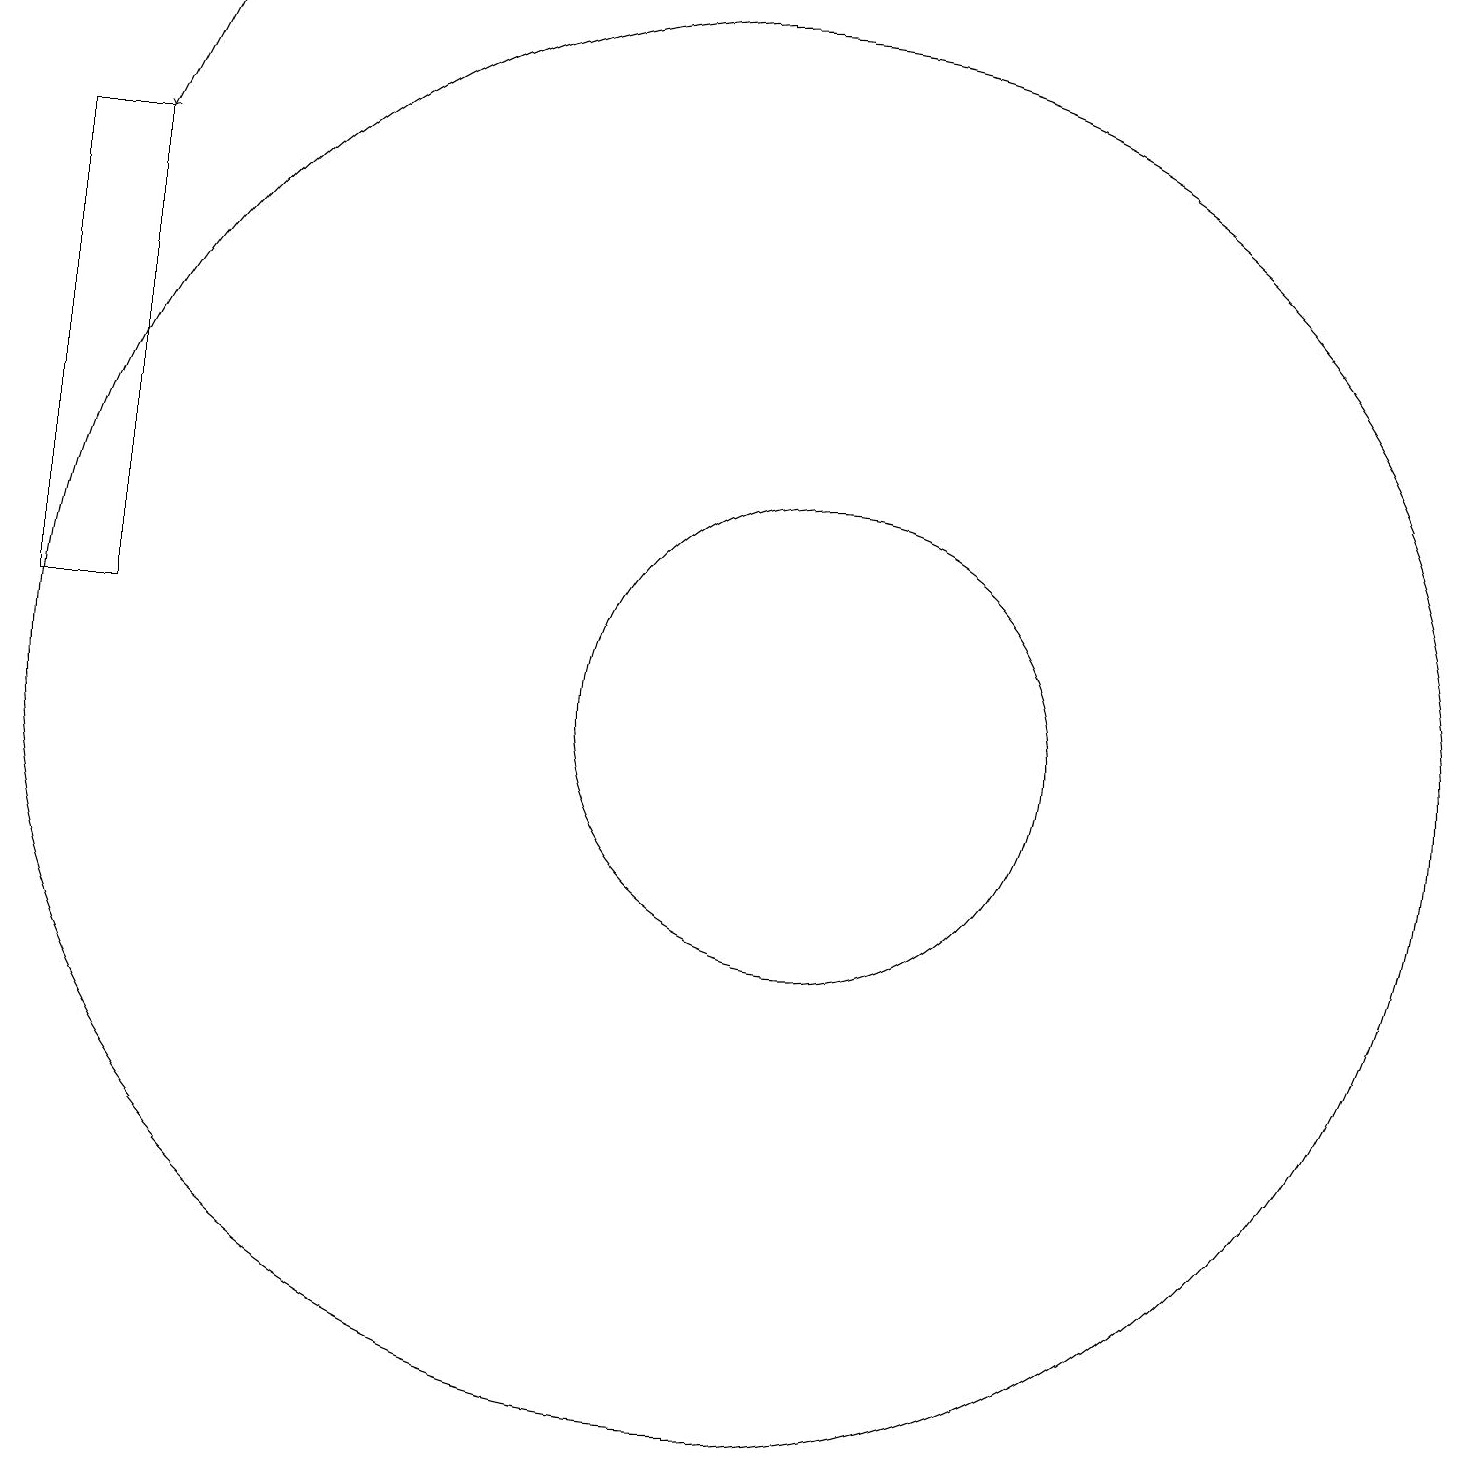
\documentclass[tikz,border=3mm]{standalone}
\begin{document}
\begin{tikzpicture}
\draw[->] (4,19) -- (3,17);
\draw (11,10) circle (9);
\draw (12,10) circle (3);
\draw (3,11) rectangle (2,17);
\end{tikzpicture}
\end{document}